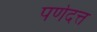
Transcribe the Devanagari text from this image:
पर्णदत्त